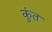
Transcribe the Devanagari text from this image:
कुंत